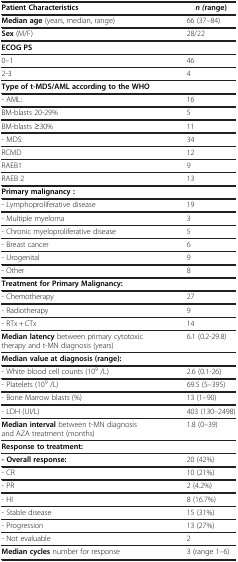
<table><thead><tr><td><b>Patient Characteristics</b></td><td><b><i>n (</i>range)</b></td></tr></thead><tbody><tr><td><b>Median age</b> (years, median, range)</td><td>66 (37–84)</td></tr><tr><td><b>Sex</b> (M/F)</td><td>28/22</td></tr><tr><td><b>ECOG PS</b></td><td> </td></tr><tr><td>0–1</td><td>46</td></tr><tr><td>2-3</td><td>4</td></tr><tr><td><b>Type of t-MDS/AML according to the WHO</b></td><td> </td></tr><tr><td>- AML:</td><td>16</td></tr><tr><td>BM-blasts 20-29%</td><td>5</td></tr><tr><td>BM-blasts ≥30%</td><td>11</td></tr><tr><td>- MDS:</td><td>34</td></tr><tr><td>RCMD</td><td>12</td></tr><tr><td>RAEB1</td><td>9</td></tr><tr><td>RAEB 2</td><td>13</td></tr><tr><td><b>Primary malignancy :</b></td><td> </td></tr><tr><td>- Lymphoproliferative disease</td><td>19</td></tr><tr><td>- Multiple myeloma</td><td>3</td></tr><tr><td>- Chronic myeloproliferative disease</td><td>5</td></tr><tr><td>- Breast cancer</td><td>6</td></tr><tr><td>- Urogenital</td><td>9</td></tr><tr><td>- Other</td><td>8</td></tr><tr><td><b>Treatment for Primary Malignancy:</b></td><td> </td></tr><tr><td>- Chemotherapy</td><td>27</td></tr><tr><td>- Radiotherapy</td><td>9</td></tr><tr><td>- RTx + CTx</td><td>14</td></tr><tr><td><b>Median latency</b> between primary cytotoxic therapy and t-MN diagnosis (years)</td><td>6.1 (0.2-29.8)</td></tr><tr><td><b>Median value at diagnosis (range):</b></td><td> </td></tr><tr><td>- White blood cell counts (10<sup>9</sup> /L)</td><td>2.6 (0.1-26)</td></tr><tr><td>- Platelets (10<sup>9</sup> /L)</td><td>69.5 (5–395)</td></tr><tr><td>- Bone Marrow blasts (%)</td><td>13 (1–90)</td></tr><tr><td>- LDH (UI/L)</td><td>403 (130–2498)</td></tr><tr><td><b>Median interval</b> between t-MN diagnosis and AZA treatment (months)</td><td>1.8 (0–39)</td></tr><tr><td><b>Response to treatment:</b></td><td> </td></tr><tr><td><b>- Overall response:</b></td><td>20 (42%)</td></tr><tr><td>- CR</td><td>10 (21%)</td></tr><tr><td>- PR</td><td>2 (4.2%)</td></tr><tr><td>- HI</td><td>8 (16.7%)</td></tr><tr><td>- Stable disease</td><td>15 (31%)</td></tr><tr><td>- Progression</td><td>13 (27%)</td></tr><tr><td>- Not evaluable</td><td>2</td></tr><tr><td><b>Median cycles</b> number for response</td><td>3 (range 1–6)</td></tr></tbody></table>